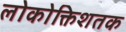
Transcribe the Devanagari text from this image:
लोकोक्तिशतक